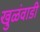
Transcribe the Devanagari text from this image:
खुळंवाडी